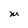
Character: M